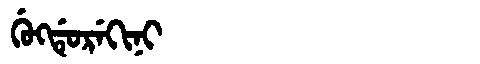
Manchu: ᡤᡠᡴᡩᡠᡵᡝᡴᡳᠨᡳ
Romanization: GUKDUREKINI